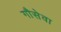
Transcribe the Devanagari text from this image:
गौसेवा